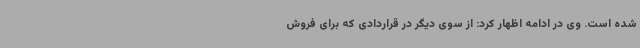
شده است. وی در ادامه اظهار کرد: از سوی دیگر در قراردادی که برای فروش